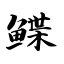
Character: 鲽